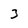
Character: 3